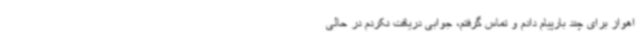
اهواز برای چند بارپیام دادم و تماس گرفتم، جوابی دریافت نکردم در حالی